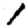
Digit: 1